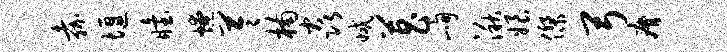
嘉堰眙燎苓楠焱减菖峋湫娘杰弓瘠